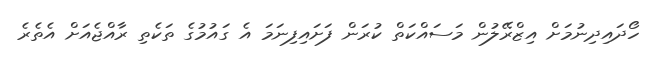
ހޯދައިދިނުމަށް އިޒްރޭލުން މަސައްކަތް ކުރަން ފަށައިފިނަމަ އެ ގައުމުގެ ތަކެތި ރާއްޖެއަށް އެތެރެ